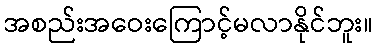
အစည်းအဝေးကြောင့်မလာနိုင်ဘူး။